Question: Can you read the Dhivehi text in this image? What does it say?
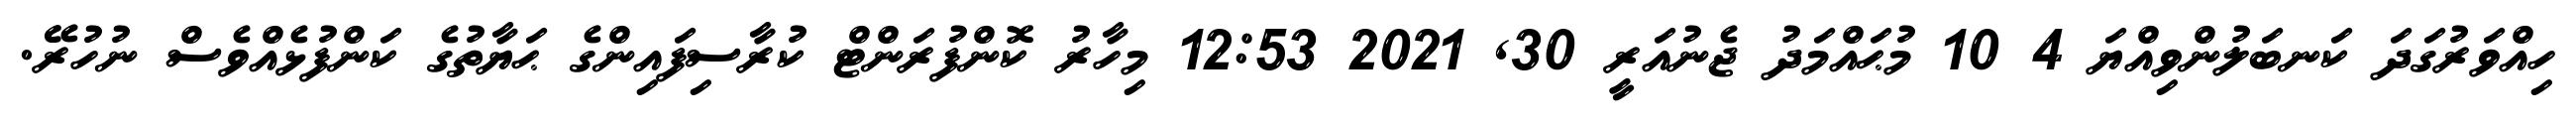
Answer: ހިއްވަރުގަދަ ކަނބަލުންވިއްޔަ 4 10 މުޙައްމަދު ޖެނުއަރީ 30, 2021 12:53 މިހާރު ކޮންފުރަންޓް ކުރާސިފައިންގެ ޙަޔާތުގެ ކަންފުޅެއްވެސް ނުހުރޭ.